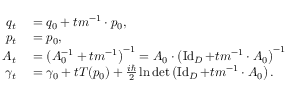
\begin{array} { r l } { q _ { t } } & { { } = q _ { 0 } + t m ^ { - 1 } \cdot p _ { 0 } , } \\ { p _ { t } } & { { } = p _ { 0 } , } \\ { A _ { t } } & { { } = \left( A _ { 0 } ^ { - 1 } + t m ^ { - 1 } \right) ^ { - 1 } = A _ { 0 } \cdot \left( \operatorname { I d } _ { D } + t m ^ { - 1 } \cdot A _ { 0 } \right) ^ { - 1 } } \\ { \gamma _ { t } } & { { } = \gamma _ { 0 } + t T ( p _ { 0 } ) + \frac { i \hbar } { 2 } \ln \operatorname* { d e t } \left( \operatorname { I d } _ { D } + t m ^ { - 1 } \cdot A _ { 0 } \right) . } \end{array}